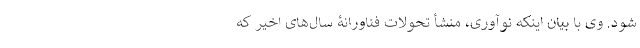
شود. وی با بیان اینکه نوآوری، منشأ تحولات فناورانۀ سال‌های اخیر که